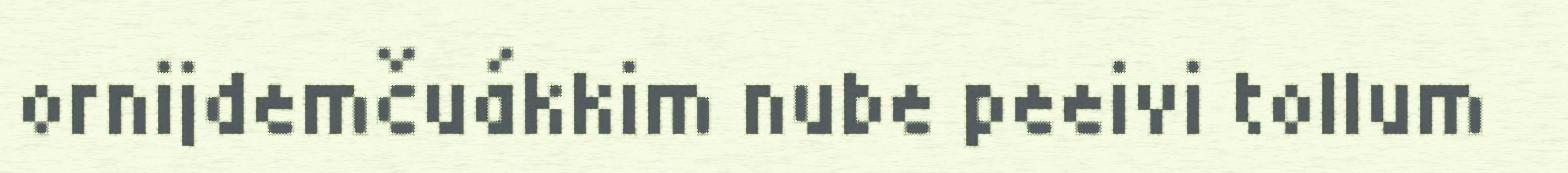
ornijdemčuákkim nube peeivi tollum